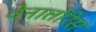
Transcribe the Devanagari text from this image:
वेनातोरेस